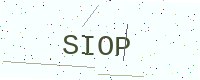
Text: SIOP